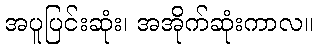
အပူပြင်းဆုံး၊ အအိုက်ဆုံးကာလ။